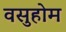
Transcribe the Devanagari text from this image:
वसुहोम